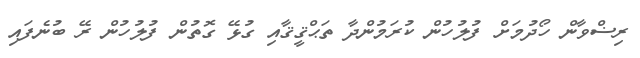
ރިޟްވާން ހޯދުމަށް ފުލުހުން ކުރަމުންދާ ތަޙްޤީޤާއި ގުޅޭ ގޮތުން ފުލުހުން ރޭ ބުނެފައި